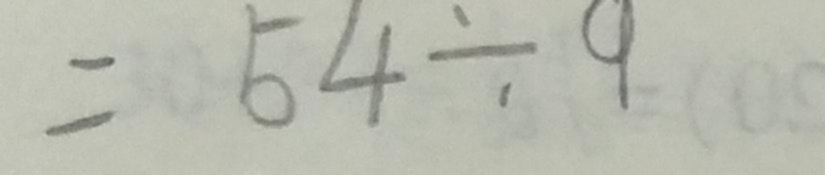
= 5 4 \div 9